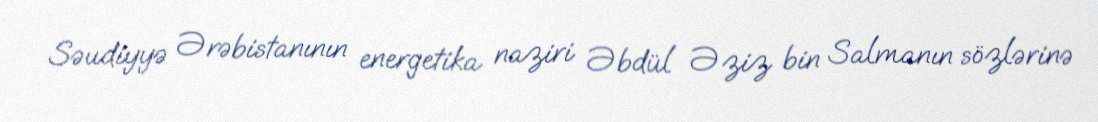
Səudiyyə Ərəbistanının energetika naziri Əbdül Əziz bin Salmanın sözlərinə